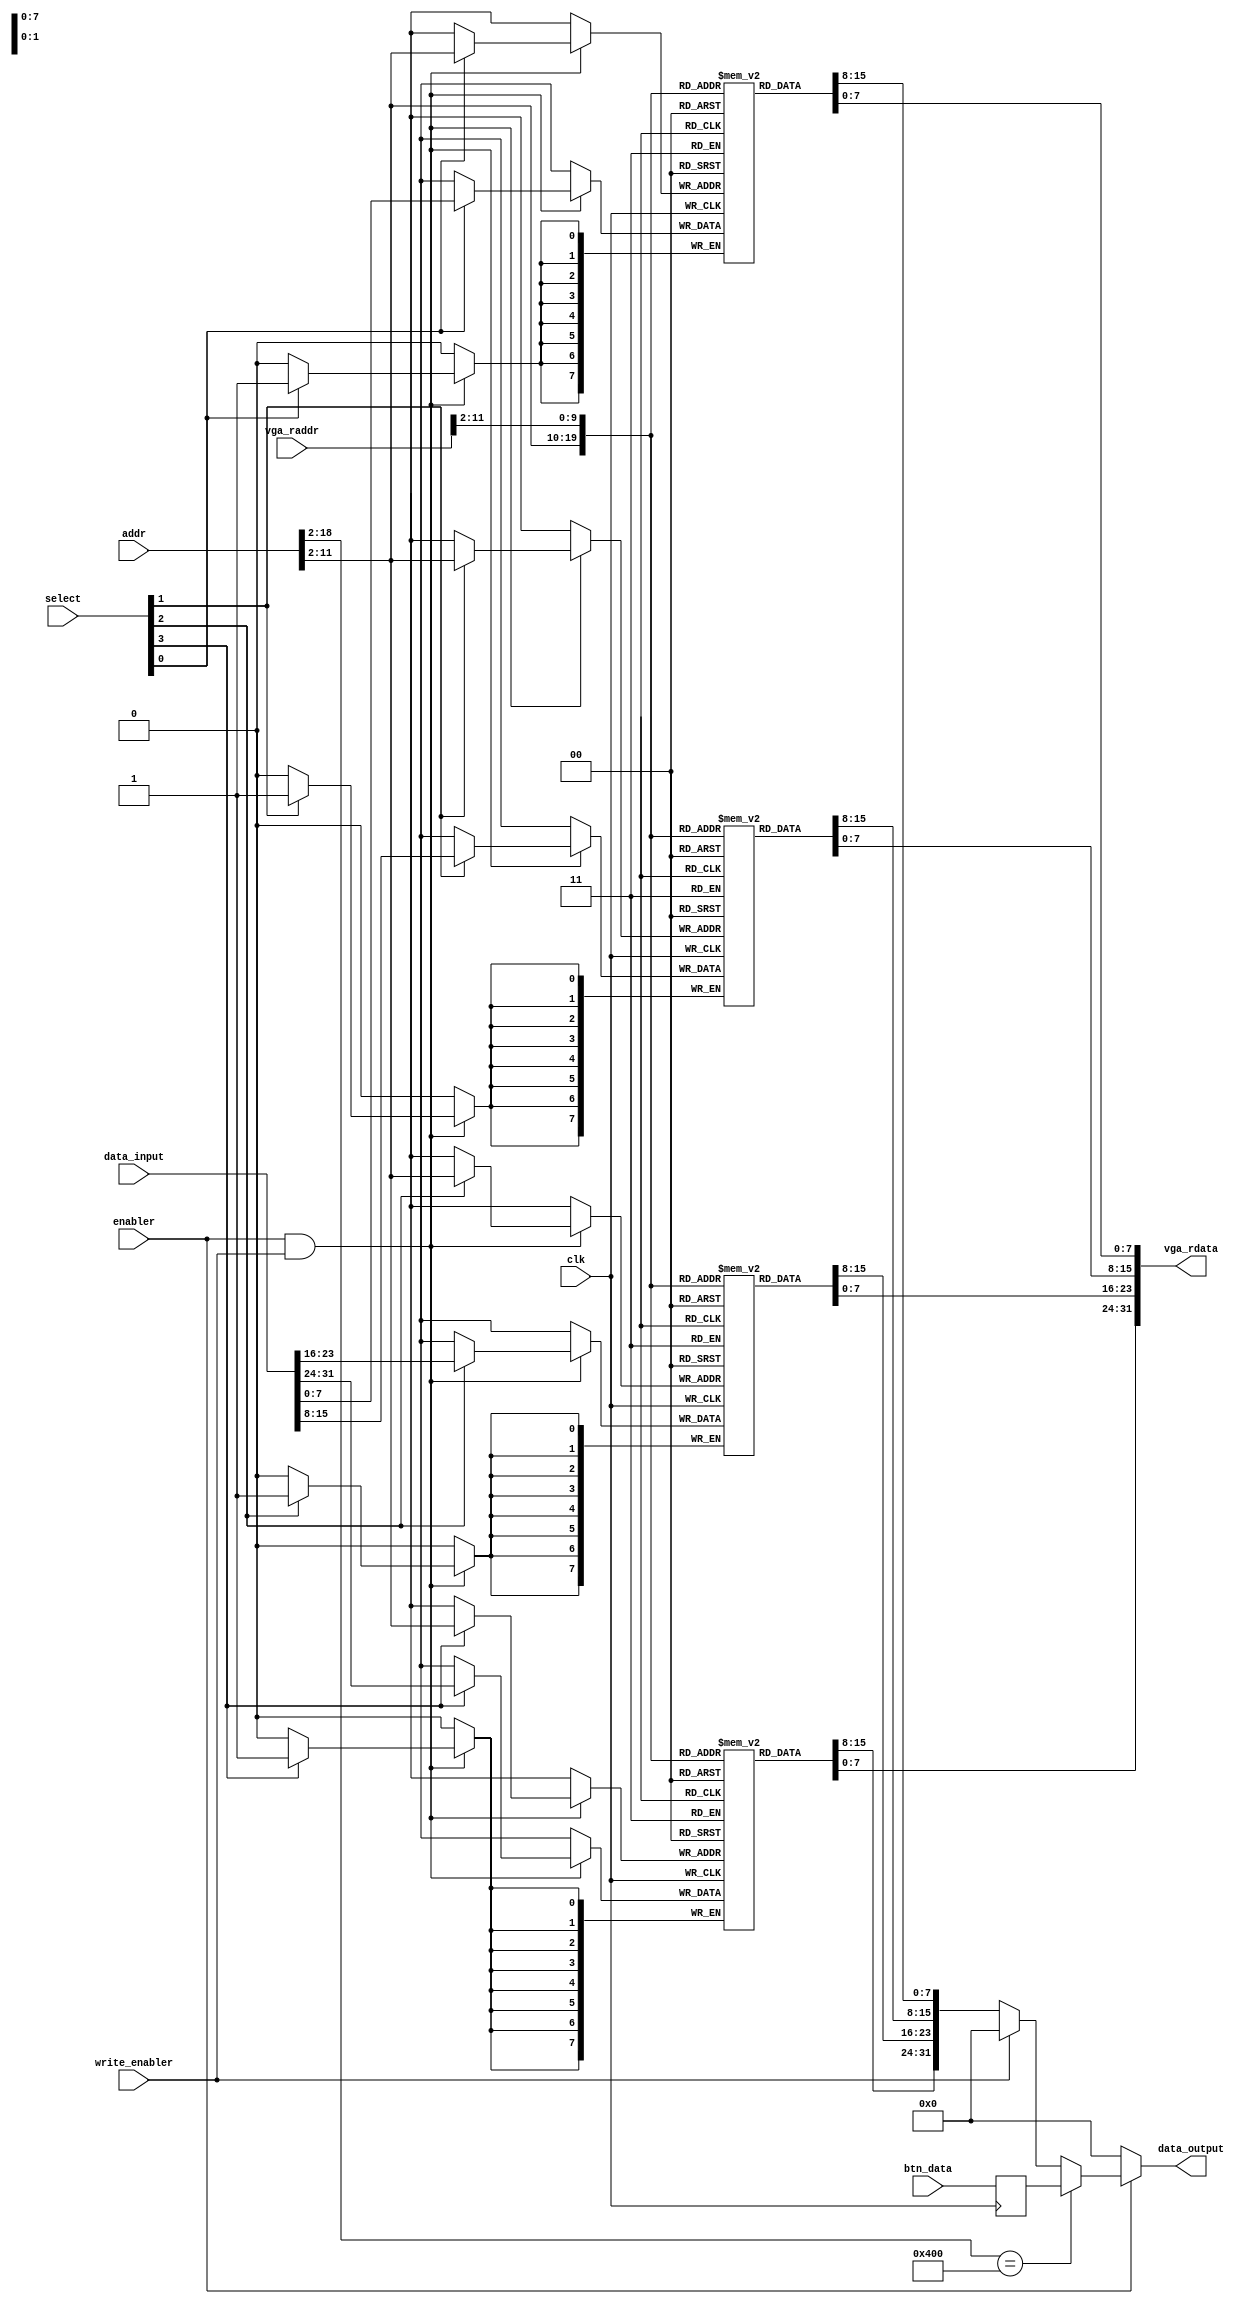
`timescale 1ns / 1ps
//////////////////////////////////////////////////////////////////////////////////
// Company: 
// Engineer: 
// 
// Design Name: 
// Module Name:    ram 
// Project Name: 
// Target Devices: 
// Tool versions: 
// Description: 
//
// Dependencies: 
//
// Revision: 
// Revision 0.01 - File Created
// Additional Comments: 
//
//////////////////////////////////////////////////////////////////////////////////
module ram(
    input clk,
    input enabler,
    input write_enabler,
    input wire[31:0] addr,
    input wire[3:0] select,
    input wire[31:0] data_input,
    output reg[31:0] data_output,
    
    /* VGA */
    input wire[31:0] vga_raddr,
    output reg[31:0] vga_rdata,
    
    /* BTN */
    input wire[31:0] btn_data
    );

    reg[7:0] byte_mem0[0:1023];
    reg[7:0] byte_mem1[0:1023];
    reg[7:0] byte_mem2[0:1023];
    reg[7:0] byte_mem3[0:1023];

    reg[31:0] button_mem;

    always @ (posedge clk) begin
        if (enabler == 1 && write_enabler == 1) begin
            if (select[3] == 1) begin
                byte_mem3[addr[18:2]] <= data_input[31:24];
            end
            if (select[2] == 1) begin
                byte_mem2[addr[18:2]] <= data_input[23:16];
            end
            if (select[1] == 1) begin
                byte_mem1[addr[18:2]] <= data_input[15:8];
            end
            if (select[0] == 1) begin
                byte_mem0[addr[18:2]] <= data_input[7:0];
            end
        end

        button_mem <= btn_data;

        /*
        if(btn_enabler == 1 && btn_we == 1) begin
            if (btn_select[3] == 1) begin
                byte_mem3[btn_addr[18:2]] <= btn_data[7:0];
            end
            if (btn_select[2] == 1) begin
                byte_mem2[btn_addr[18:2]] <= btn_data[7:0];
            end
            if (btn_select[1] == 1) begin
                byte_mem1[btn_addr[18:2]] <= btn_data[7:0];
            end
            if (btn_select[0] == 1) begin
                byte_mem0[btn_addr[18:2]] <= btn_data[7:0];
            end
        end
        */
    end

    always @ (*) begin
        if (enabler == 0) begin
            data_output <= 0;
        end else if (addr[18:2] == 1024) begin
            data_output <= button_mem;
        end else if (write_enabler == 0) begin
            data_output <= {byte_mem3[addr[18:2]], byte_mem2[addr[18:2]], byte_mem1[addr[18:2]], byte_mem0[addr[18:2]]};
        end else begin
            data_output <= 0;
        end
    end

    always @ (*) begin
        vga_rdata <= {byte_mem3[vga_raddr[18:2]], byte_mem2[vga_raddr[18:2]], byte_mem1[vga_raddr[18:2]], byte_mem0[vga_raddr[18:2]]};
    end

endmodule